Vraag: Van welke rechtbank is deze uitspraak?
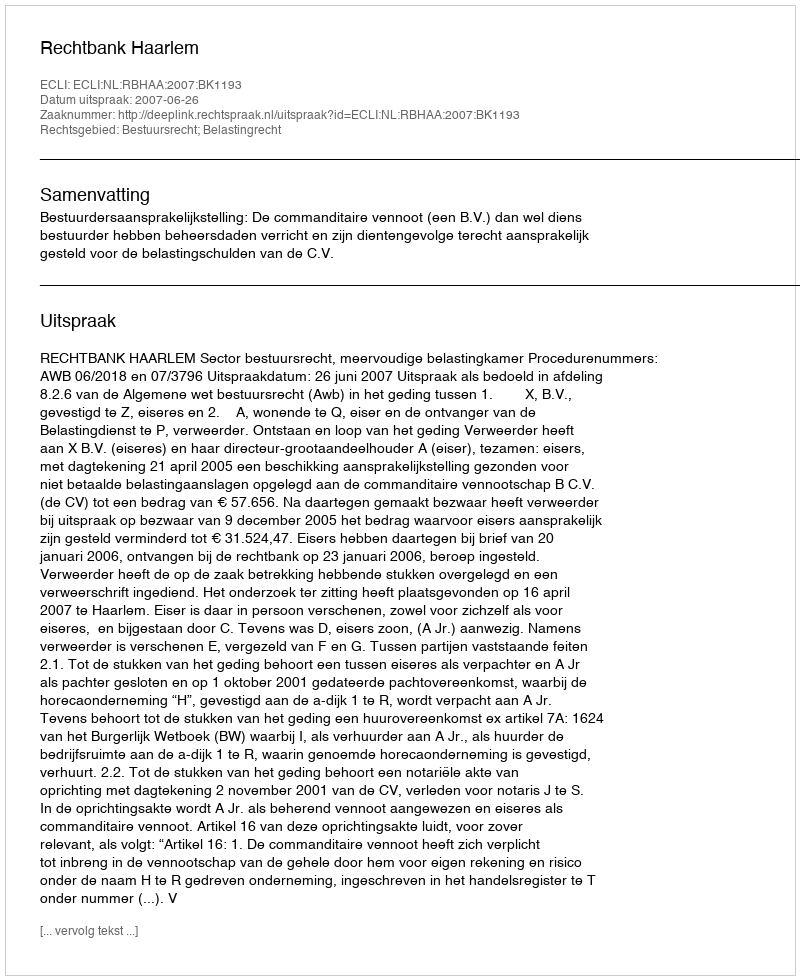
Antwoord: Rechtbank Haarlem